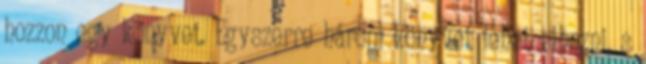
hozzon egy könyvet. Egyszerre három könyvet lehet elhozni, s